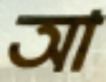
আ